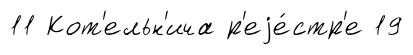
11 Кот'ельн'ича р'еjе́стр'е 19